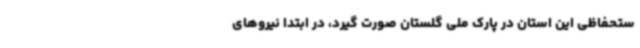
ستحفاظی این استان در پارک ملی گلستان صورت گیرد، در ابتدا نیروهای